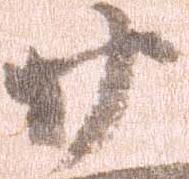
廿